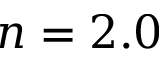
n = 2 . 0